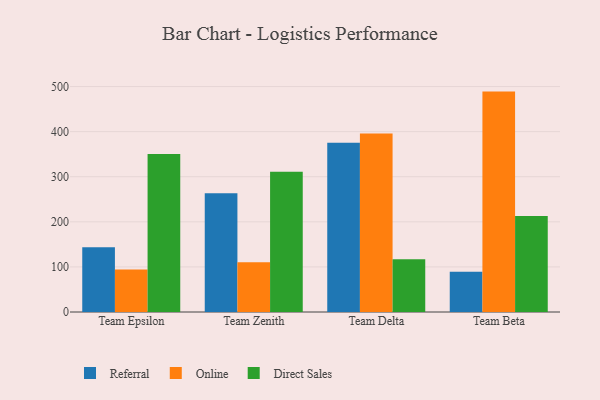
{"axis": {"x": "Team", "y": "Energy Usage (MWh)"}, "legend": ["Direct Sales", "Online", "Referral"], "data": [{"x": "Team Epsilon", "y": 143.4, "type": "Referral"}, {"x": "Team Epsilon", "y": 94.3, "type": "Online"}, {"x": "Team Epsilon", "y": 350.4, "type": "Direct Sales"}, {"x": "Team Zenith", "y": 263.6, "type": "Referral"}, {"x": "Team Zenith", "y": 110.5, "type": "Online"}, {"x": "Team Zenith", "y": 310.8, "type": "Direct Sales"}, {"x": "Team Delta", "y": 375.4, "type": "Referral"}, {"x": "Team Delta", "y": 395.9, "type": "Online"}, {"x": "Team Delta", "y": 116.9, "type": "Direct Sales"}, {"x": "Team Beta", "y": 89.2, "type": "Referral"}, {"x": "Team Beta", "y": 488.8, "type": "Online"}, {"x": "Team Beta", "y": 212.7, "type": "Direct Sales"}]}